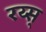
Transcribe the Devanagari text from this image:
रय्स्